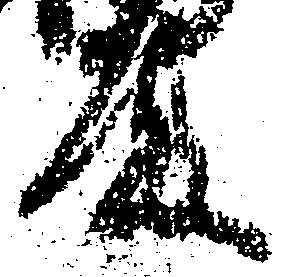
殿